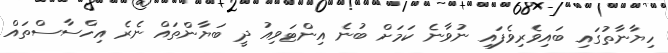
ހިޔާނާތުގައި ބައިވެރިވެފައި ނުވާނެ ކަމަށް ބުނެ އިންޓަވިއު ދީ ބަޔާންތައް ނެރެ އިހްސާސްތައް